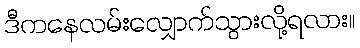
ဒီကနေလမ်းလျှောက်သွားလို့ရလား။